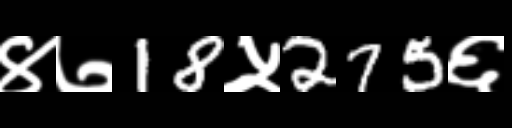
Text: ४७18५275६